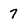
Character: 7